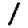
Digit: 1